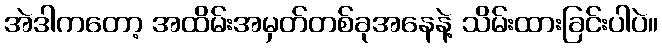
အဲဒါကတော့ အထိမ်းအမှတ်တစ်ခုအနေနဲ့ သိမ်းထားခြင်းပါပဲ။